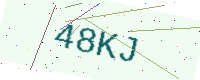
Text: 48KJ